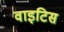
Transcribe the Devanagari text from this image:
वाइटिस